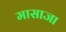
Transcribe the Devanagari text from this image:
मासाजा